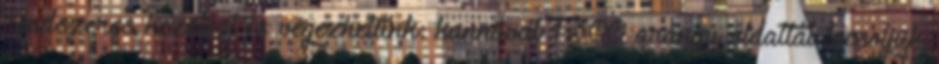
rendszeres kezelést is végezhetünk: kannával 1:300 arányú oldattal locsoljuk